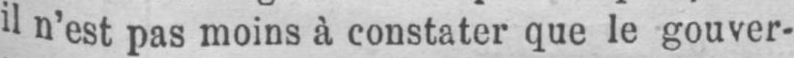
il n’est pas moins à constater que le gouver-